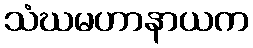
သံဃမဟာနာယက